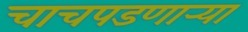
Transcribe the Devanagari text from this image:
चाचपडणार्‍या